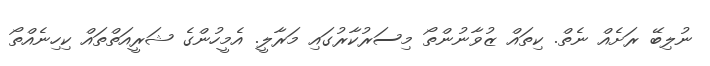
ނުލިބޭ ރަށެއް ނެތް. ކިތައް ޒުވާނުންތޯ މިސަރުކާރުގައި މަރާލީ. އެމީހުންގެ ޝަރީއަތްތައް ކިހިނެއްތޯ